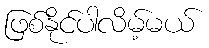
ဖြစ်နိုင်ပါလိမ့်မယ်